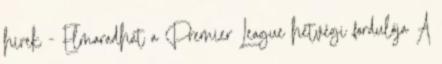
hírek - Elmaradhat a Premier League hétvégi fordulója A